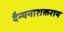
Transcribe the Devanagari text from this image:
दैन्यनाशकराय